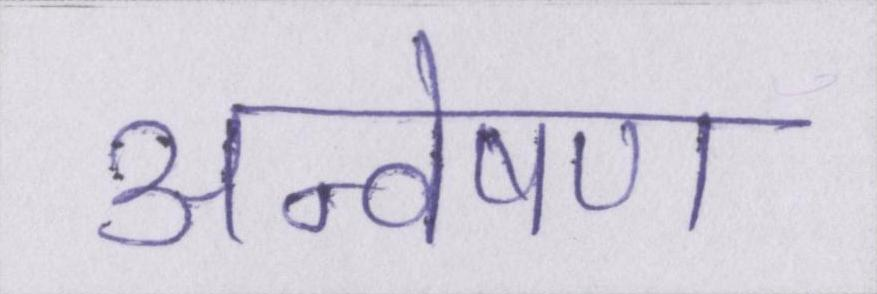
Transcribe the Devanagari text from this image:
अन्वेषण